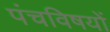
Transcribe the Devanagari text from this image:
पंचविषयों